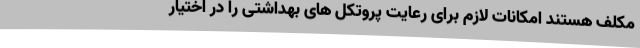
مکلف هستند امکانات لازم برای رعایت پروتکل های بهداشتی را در اختیار